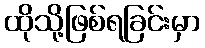
ထိုသို့ဖြစ်ရခြင်းမှာ